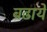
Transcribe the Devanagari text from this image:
बढायें